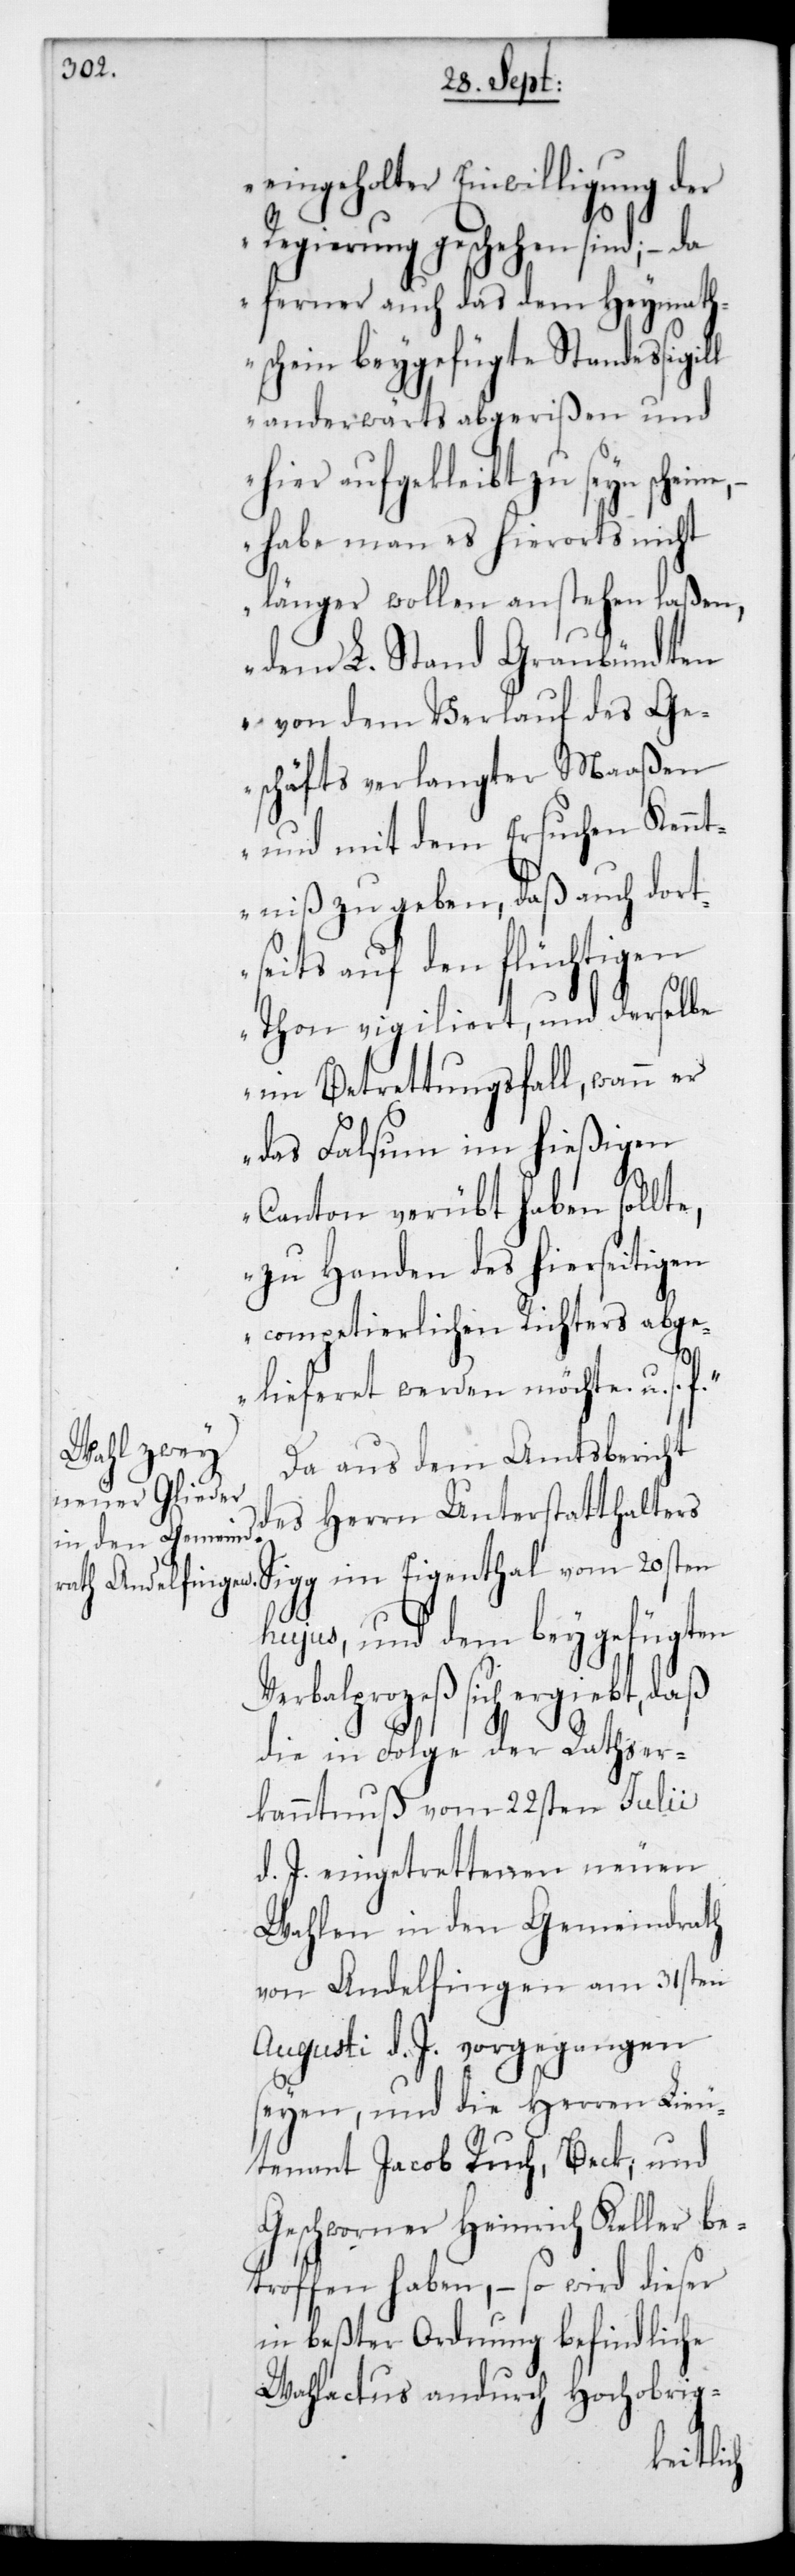
eingeholter Einwilligung der
Regierung geschehen sind; – da
ferner auch das dem Heymath¬
schein beygefügteStandessigil¬
l anderwärts abgerißen und
hier aufgeklebt zu seyn schei¬
– habe man es hierorts nicht
länger wollen anstehen laßen,
dem L. Stand Graubündten
von dem Verlauf des Ge¬
schäfts verlangter Maaßen
und mit dem Ersuchen Kennt¬
niß zu geben, daß auch dort¬
seits auf den flüchtigen
Thon vigiliert, und derselbe
im Betrettungsfall, wann er
das Falsum im hießigen
Canton verübt haben sollte,
zu Handen des hierseitigen
competierlichen Richters abge¬
ne,
lieferet werden möchte, u.s.f.“
Da aus dem Amtsbericht
des Herrn Unterstatthalters
hujus, und dem beygefügten
Verbalprozeß sich ergiebt, daß
die in Folge der Rathser¬
kanntnuß vom 22sten Julii
d. J. eingetrettenen neuen
Wahlen in den Gemeindrath
von Andelfingen am 31sten
Augusti d. J. vorgegangen
seyen, und die Herren Lieu¬
tenant Jacob Ruch, Beck, und
Geschworner Heinrich Keller be¬
troffen haben, – so wird dieser
in beßter Ordnung befindliche
Wahlactus andurch Hochobrig-